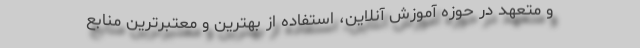
و متعهد در حوزه آموزش آنلاین، استفاده از بهترین و معتبرترین منابع